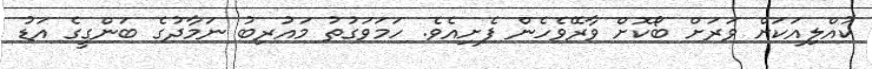
ކުއްލިއަކަށް ވަރަށް ބޯކޮށް ވާރޭވެހެން ފެށިއެވެ. ހަމަވަގުތު މައުރިބު ނަމާދުގެ ބަންގީގެ އަޑު